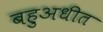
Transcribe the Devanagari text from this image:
बहुअधीत